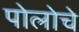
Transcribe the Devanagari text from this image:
पोलोचे